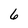
Character: 6